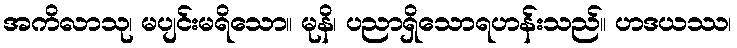
အကိလာသု၊ မပျင်းမရိသော။ မုနိ၊ ပညာရှိသောရဟန်းသည်။ ဟဒယဿ၊